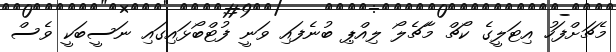
މެޗަށްފަހު އިޓަލީގެ ކޯޗް މާޗެލޯ ލިއްޕި ބުނެފައި ވަނީ ފުޓްބޯޅައިގައި ނަސީބަކީ ވެސް